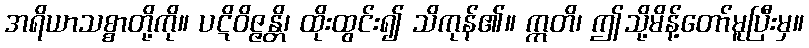
အရိယာသစ္စာတို့ကို။ ပဋိဝိဇ္ဇန္တိ၊ ထိုးထွင်း၍ သိကုန်၏။ ဣတိ၊ ဤသို့မိန့်တော်မူပြီးမှ။